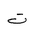
Letter: _ta